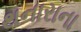
થનારાના